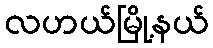
လဟယ်မြို့နယ်